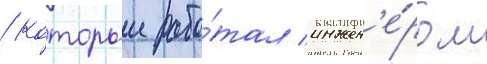
/ которыи рабо́тал инжен'е́ром